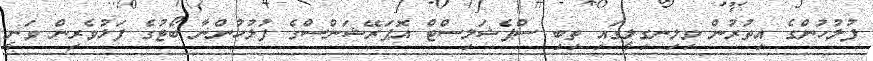
ފުލުހުންގެ އިތުރުން ވިލިނގިލީގައި ތިބި ސްޕެޝަލިސްޓް އޮޕަރޭޝަންސްގެ ފުލުހުންނާ ބޯޓުގެ ފަޅުވެރިން ވަނީ